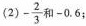
(2) - \frac{2}{3} 和-0.6；